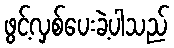
ဖွင့်လှစ်ပေးခဲ့ပါသည်